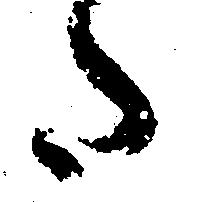
た